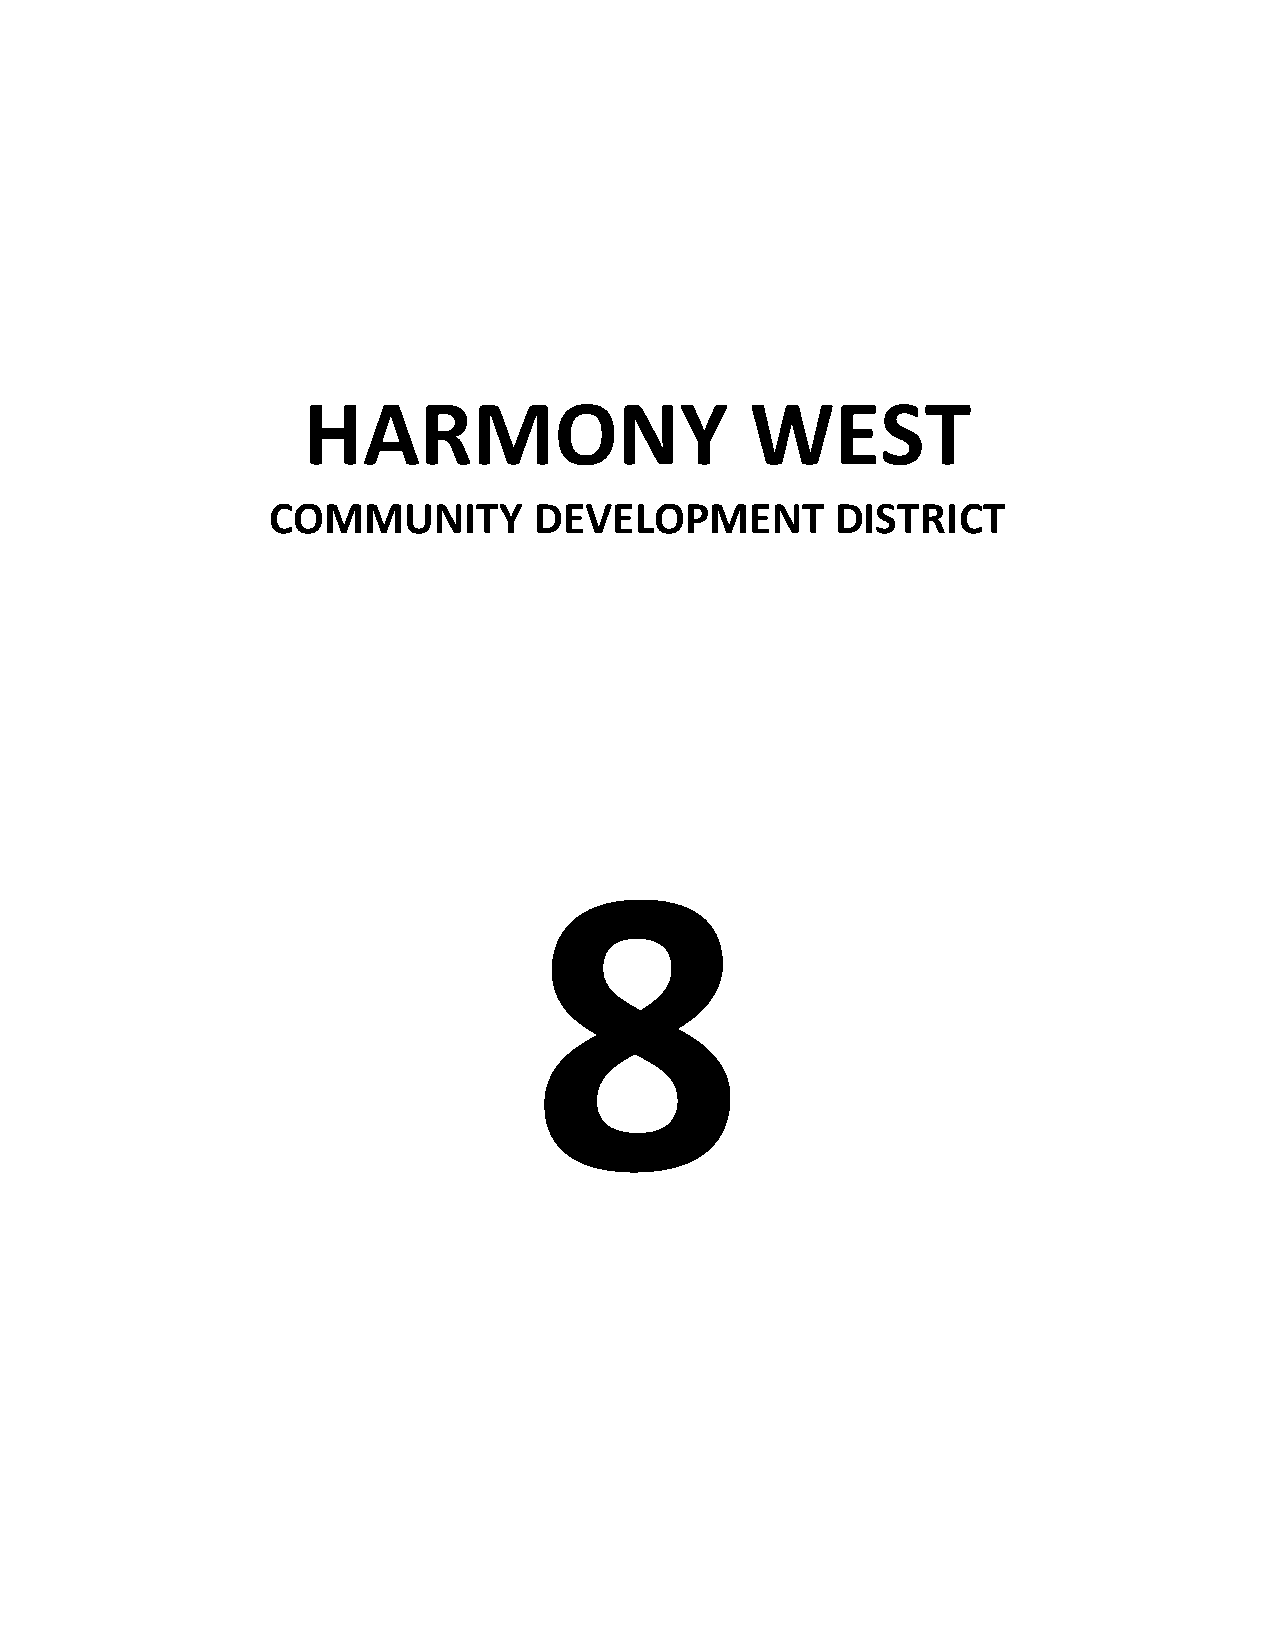
HARMONY                       WEST
 COMMUNITY        DEVELOPMENT         DISTRICT
 8